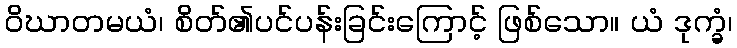
ဝိဃာတမယံ၊ စိတ်၏ပင်ပန်းခြင်းကြောင့် ဖြစ်သော။ ယံ ဒုက္ခံ၊